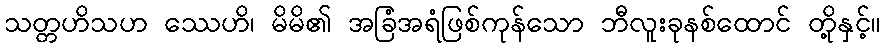
သတ္တဟိသဟ ဿေဟိ၊ မိမိ၏ အခြံအရံဖြစ်ကုန်သော ဘီလူးခုနစ်ထောင် တို့နှင့်။